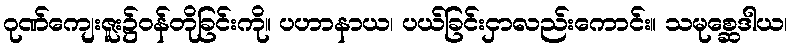
ဂုဏ်ကျေးဇူး၌ဝန်တိုခြင်းကို။ ပဟာနာယ၊ ပယ်ခြင်းငှာလည်းကောင်း။ သမုစ္ဆေဒါယ၊